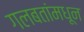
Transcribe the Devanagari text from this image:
गलबतांमधून